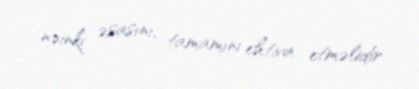
nəinki əsasını, tamamını ehtiva etməlidir.